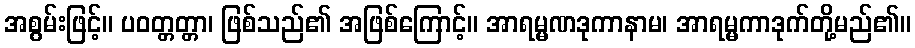
အစွမ်းဖြင့်။ ပဝတ္တတ္တာ၊ ဖြစ်သည်၏ အဖြစ်ကြောင့်။ အာရမ္မဏဒုကာနာမ၊ အာရမ္မကာဒုက်တို့မည်၏။